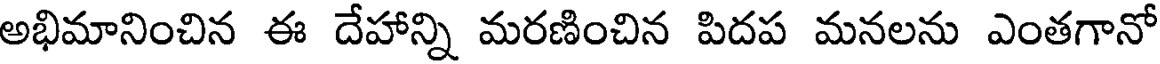
అభిమానించిన ఈ దేహాన్ని మరణించిన పిదప మనలను ఎంతగానో